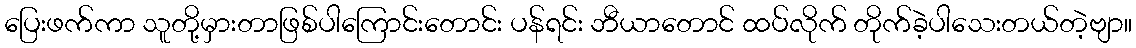
ပြေးဖက်ကာ သူတို့မှားတာဖြစ်ပါကြောင်းတောင်း ပန်ရင်း ဘီယာတောင် ထပ်လိုက် တိုက်ခဲ့ပါသေးတယ်တဲ့ဗျာ။